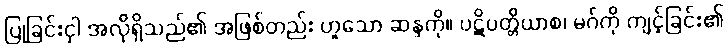
ပြုခြင်းငှါ အလိုရှိသည်၏ အဖြစ်တည်း ဟူသော ဆန္ဒကို။ ပဋိပတ္တိယာစ၊ မဂ်ကို ကျင့်ခြင်း၏